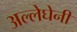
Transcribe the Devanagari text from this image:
अल्लेघेनी